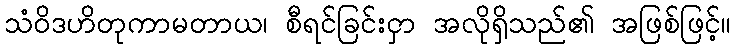
သံဝိဒဟိတုကာမတာယ၊ စီရင်ခြင်းငှာ အလိုရှိသည်၏ အဖြစ်ဖြင့်။